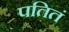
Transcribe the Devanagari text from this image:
पतितं